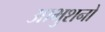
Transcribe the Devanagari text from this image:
आभुशनो